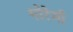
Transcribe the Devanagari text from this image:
मोरेमी